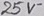
Text: 25V